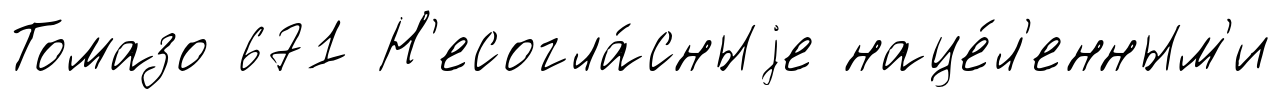
Томазо 671 Н'есогла́сныjе наце́л'енным'и